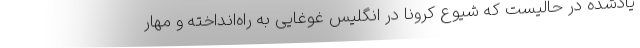
یادشده در حالیست که شیوع کرونا در انگلیس غوغایی به راه‌انداخته و مهار